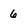
Character: 6